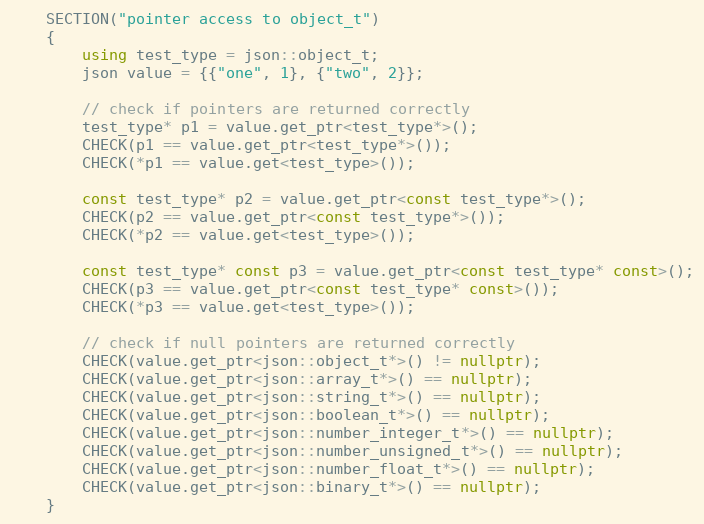
Language: C++
    SECTION("pointer access to object_t")
    {
        using test_type = json::object_t;
        json value = {{"one", 1}, {"two", 2}};

        // check if pointers are returned correctly
        test_type* p1 = value.get_ptr<test_type*>();
        CHECK(p1 == value.get_ptr<test_type*>());
        CHECK(*p1 == value.get<test_type>());

        const test_type* p2 = value.get_ptr<const test_type*>();
        CHECK(p2 == value.get_ptr<const test_type*>());
        CHECK(*p2 == value.get<test_type>());

        const test_type* const p3 = value.get_ptr<const test_type* const>();
        CHECK(p3 == value.get_ptr<const test_type* const>());
        CHECK(*p3 == value.get<test_type>());

        // check if null pointers are returned correctly
        CHECK(value.get_ptr<json::object_t*>() != nullptr);
        CHECK(value.get_ptr<json::array_t*>() == nullptr);
        CHECK(value.get_ptr<json::string_t*>() == nullptr);
        CHECK(value.get_ptr<json::boolean_t*>() == nullptr);
        CHECK(value.get_ptr<json::number_integer_t*>() == nullptr);
        CHECK(value.get_ptr<json::number_unsigned_t*>() == nullptr);
        CHECK(value.get_ptr<json::number_float_t*>() == nullptr);
        CHECK(value.get_ptr<json::binary_t*>() == nullptr);
    }